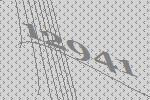
12941